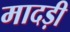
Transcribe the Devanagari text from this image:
मादड़ी